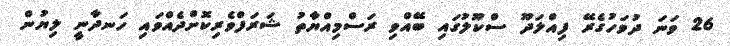
26 ވަނަ ދުވަހުގެރޭ ފިއްލަދޫ ސްކޫލުގައި ބޭއްވި ރަސްމިއްޔާތު ޝަރަފްވެރިކޮށްދެއްވައި ހަނދާނީ ލިޔުން